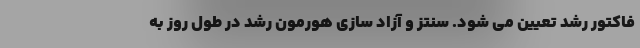
فاکتور رشد تعیین می شود. سنتز و آزاد سازی هورمون رشد در طول روز به